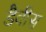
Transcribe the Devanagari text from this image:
डैवीस